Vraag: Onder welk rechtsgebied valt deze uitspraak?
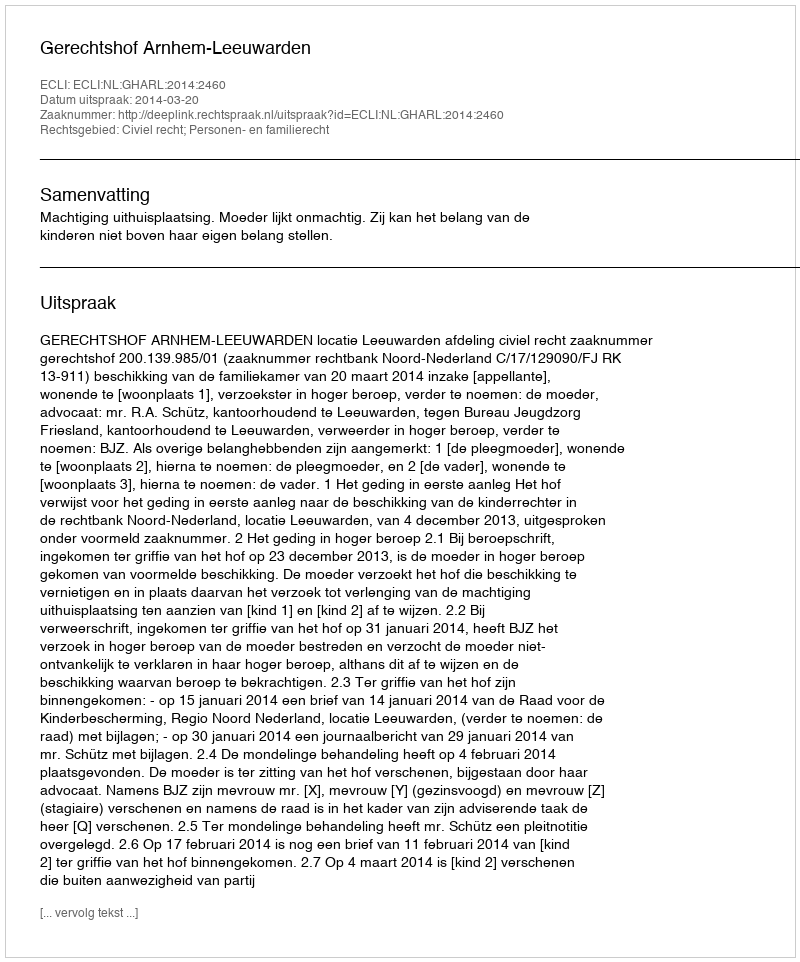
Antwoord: Civiel recht; Personen- en familierecht